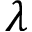
\lambda